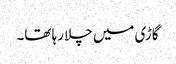
گاڑی میں چلا رہا تھا۔